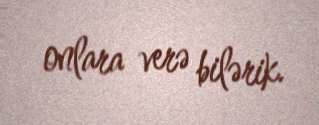
onlara verə bilərik.